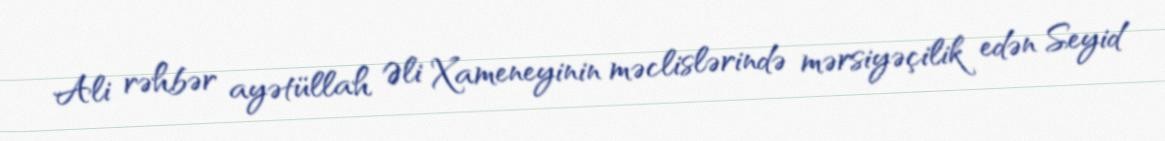
Ali rəhbər ayətüllah Əli Xameneyinin məclislərində mərsiyəçilik edən Seyid